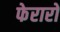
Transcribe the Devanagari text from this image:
फेरारो